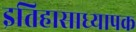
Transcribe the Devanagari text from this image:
इतिहासाध्यापक